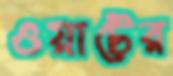
ওয়াটের